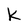
Character: k